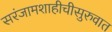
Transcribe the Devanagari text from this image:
सरंजामशाहीचीसुरुवात